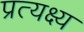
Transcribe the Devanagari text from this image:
प्रत्यक्ष्य